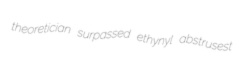
theoretician surpassed ethynyl abstrusest